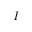
I